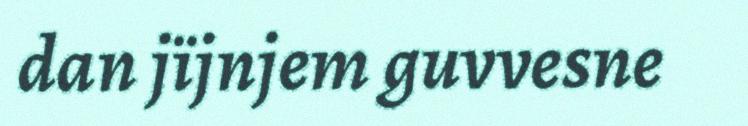
dan jïjnjem guvvesne